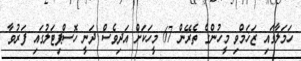
ހަމަލާގައި ޒަޚަމްވި މީހުންގެ ތެރޭން 67 މީހަކަށް އަދިވެސް ދަނީ ހޮސްޕިޓަލުގައި ފަރުވާ